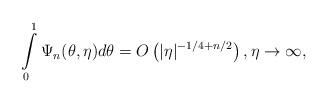
LaTeX: \begin{align*} \int\limits_{0}^{1} \Psi_n(\theta,\eta) d\theta = O\left( |\eta|^{-1/4+n/2} \right), \eta\to \infty, \end{align*}